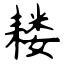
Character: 耧